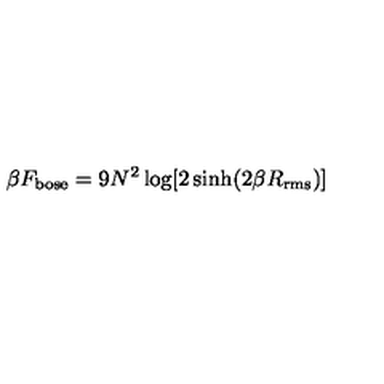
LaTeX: \beta F _ { \mathrm { b o s e } } = 9 N ^ { 2 } \log [ 2 \sinh ( 2 \beta R _ { \mathrm { r m s } } ) ]